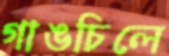
গাঙচিলে